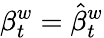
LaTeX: \beta_{t}^{w}={\hat{\beta}}_{t}^{w}